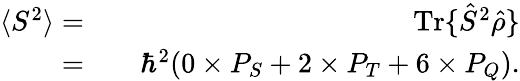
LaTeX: \begin{array}{rlr}{\langle S^{2}\rangle=}&{{}}&{\textrm{Tr}\{ \hat{S}^{2}\hat{\rho}\} }\\ {=}&{{}}&{\hbar^{2}(0\times P_{S}+2\times P_{T}+6\times P_{Q}).}\end{array}